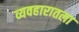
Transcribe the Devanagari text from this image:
व्यवहारातला